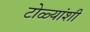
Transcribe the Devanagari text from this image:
टोळ्यांशी